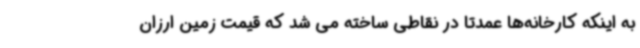
به اینکه کارخانه‌ها عمدتا در نقاطی ساخته می شد که قیمت زمین ارزان